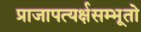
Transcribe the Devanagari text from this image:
प्राजापत्यर्क्षसम्भूतो